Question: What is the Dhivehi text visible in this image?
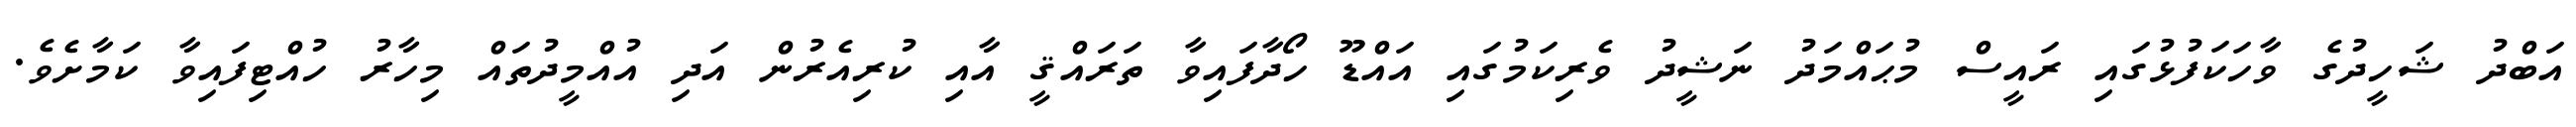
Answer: އަބްދު ޝަހީދުގެ ވާހަކަފުޅުގައި ރައީސް މުޙައްމަދު ނަޝީދު ވެރިކަމުގައި އައްޑޫ ހޯދާފައިވާ ތަރައްޤީ އާއި ކުރިއެރުން އަދި އުއްމީދުތައް މިހާރު ހުއްޓިފައިވާ ކަމާށެވެ.